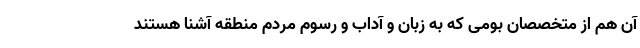
آن هم از متخصصان بومی که به زبان و آداب و رسوم مردم منطقه آشنا هستند